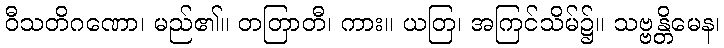
ဝီသတိဂဏော၊ မည်၏။ တတြာတီ၊ ကား။ ယတြ၊ အကြင်သိမ်၌။ သဗ္ဗန္တိမေန၊